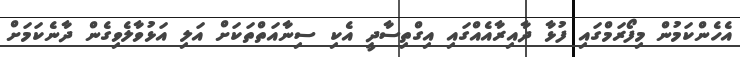
އެހެންކަމުން މިފޯރަމްގައި ފުޅާ ދާއިރާއެއްގައި އިގްތިސާދީ އެކި ސިނާއަތްތަކަށް އަލި އަޅުވާލެވިގެން ދާނެކަމަށް